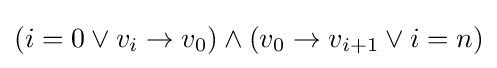
(i=0\vee v_{i}\rightarrow v_{0})\wedge (v_{0}\rightarrow v_{i+1}\vee i=n)